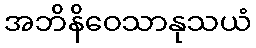
အဘိနိဝေသာနုသယံ